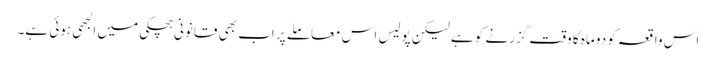
اس واقعہ کو دو ماہ کا وقت گزرنے کو ہے لیکن پولیس اس معاملے پر اب بھی قانونی ہچکی میں الجھی ہوئی ہے۔